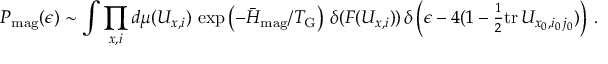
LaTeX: P _ { \mathrm { m a g } } ( \epsilon ) \sim \int \prod _ { x , i } d \mu ( U _ { x , i } ) \, \exp \left( - { \bar { H } _ { \mathrm { m a g } } / T _ { \mathrm { G } } } \right) \, \delta ( F ( U _ { x , i } ) ) \, \delta \left( \epsilon - 4 ( 1 - { \textstyle { \frac { 1 } { 2 } } } \mathrm { t r } \, U _ { x _ { 0 } , i _ { 0 } \, j _ { 0 } } ) \right) \, .